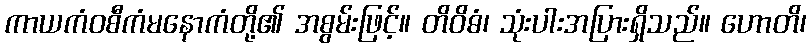
ကာယကံဝစီကံမနောကံတို့၏ အစွမ်းဖြင့်။ တိဝိဓံ၊ သုံးပါးအပြားရှိသည်။ ဟောတိ၊